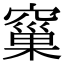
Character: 窼